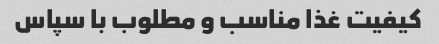
کیفیت غذا مناسب و مطلوب با سپاس